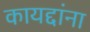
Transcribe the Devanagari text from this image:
कायद्दांना